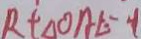
R t \Delta O A E